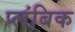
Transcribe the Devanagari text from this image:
प्लंबिक